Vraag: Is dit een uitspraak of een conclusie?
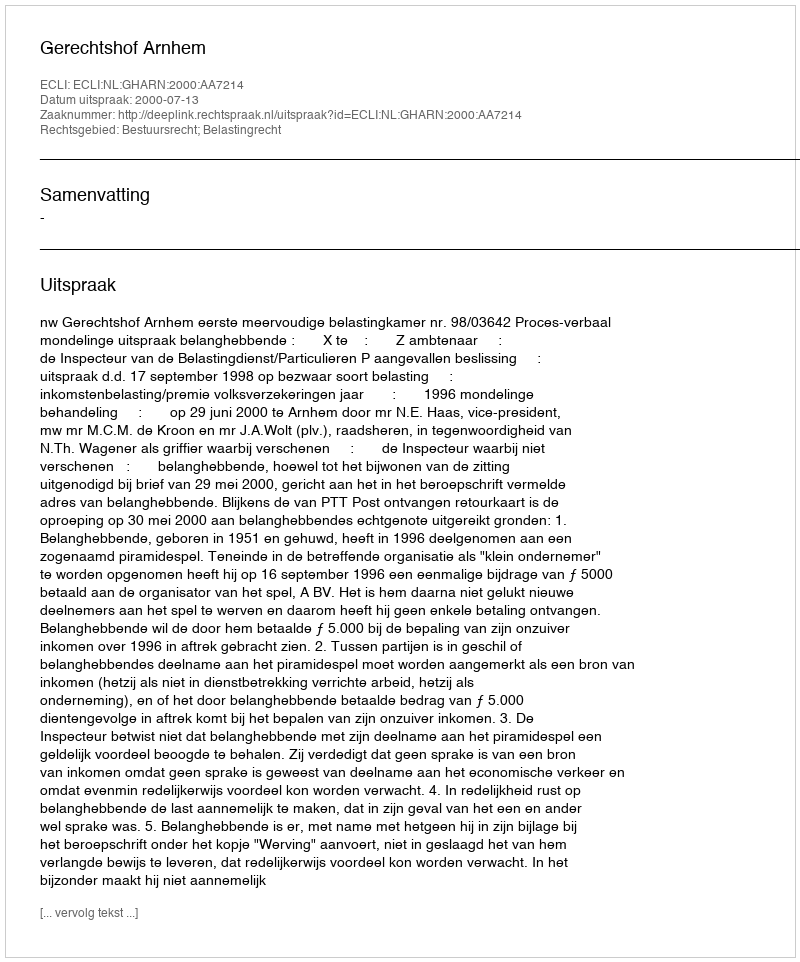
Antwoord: Uitspraak